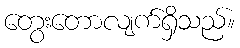
တွေးတောလျက်ရှိသည်။